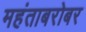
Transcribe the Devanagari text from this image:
महंताबरोबर